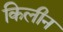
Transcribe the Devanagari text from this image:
किलीन